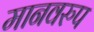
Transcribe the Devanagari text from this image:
मानवरुप